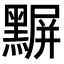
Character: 𪑰